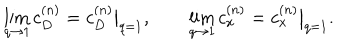
\lim _ { q \to 1 } c _ { D } ^ { ( n ) } = c _ { D } ^ { ( n ) } \big | _ { q = 1 } , \qquad \lim _ { q \to 1 } c _ { x } ^ { ( n ) } = c _ { x } ^ { ( n ) } \big | _ { q = 1 } .